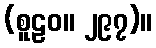
(စူဠဝ။ ၂၉၇)။